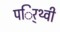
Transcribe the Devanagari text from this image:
पर्िथ्वी